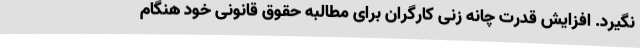
نگیرد. افزایش قدرت چانه زنی کارگران برای مطالبه حقوق قانونی خود هنگام